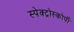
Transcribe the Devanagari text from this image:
स्‍पेक्‍ट्रोस्‍कोर्पी